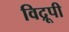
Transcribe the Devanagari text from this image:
विद्रूपी